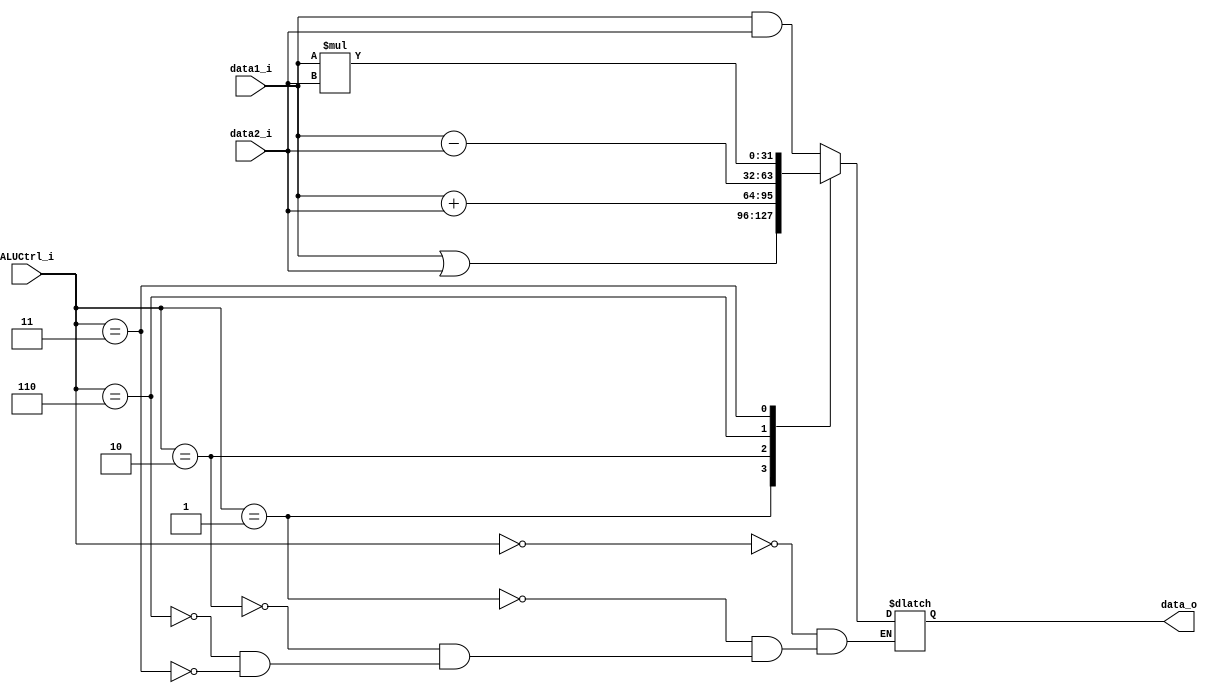
module ALU(
    ALUCtrl_i,
    data1_i,
    data2_i,
    data_o,
);

input   [2:0]   ALUCtrl_i;
input   [31:0]  data1_i, data2_i;
output  [31:0]  data_o;

reg [31:0] data_o, C;

always @(data1_i or data2_i or ALUCtrl_i)
    begin
        case (ALUCtrl_i)
            3'b000 :
                data_o = data1_i & data2_i; // AND
            3'b001 :
                data_o = data1_i | data2_i; // OR
            3'b010 :
                data_o = data1_i + data2_i; // ADD
            3'b110 :
                data_o = data1_i - data2_i; // SUBTRACT
            3'b011:
                data_o = data1_i * data2_i; //MULTIPLICATION
        endcase
    end
endmodule